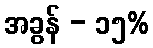
အခွန် - ၁၅%